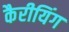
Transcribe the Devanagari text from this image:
कैरीयिंग